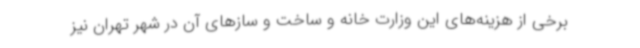
برخی از هزینه‌های این وزارت خانه و ساخت و سازهای آن در شهر تهران نیز